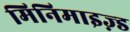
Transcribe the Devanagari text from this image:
मिनिमाइज़्ड